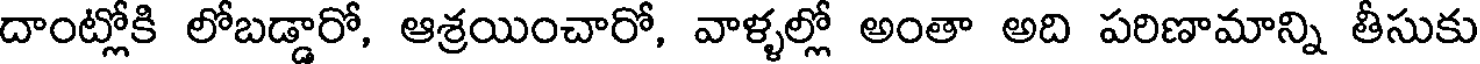
దాంట్లోకి లోబడ్డారో, ఆశ్రయించారో, వాళ్ళల్లో అంతా అది పరిణామాన్ని తీసుకు